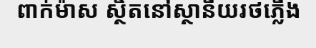
ពាក់ម៉ាស ស្ថិតនៅស្ថានីយរថភ្លើង